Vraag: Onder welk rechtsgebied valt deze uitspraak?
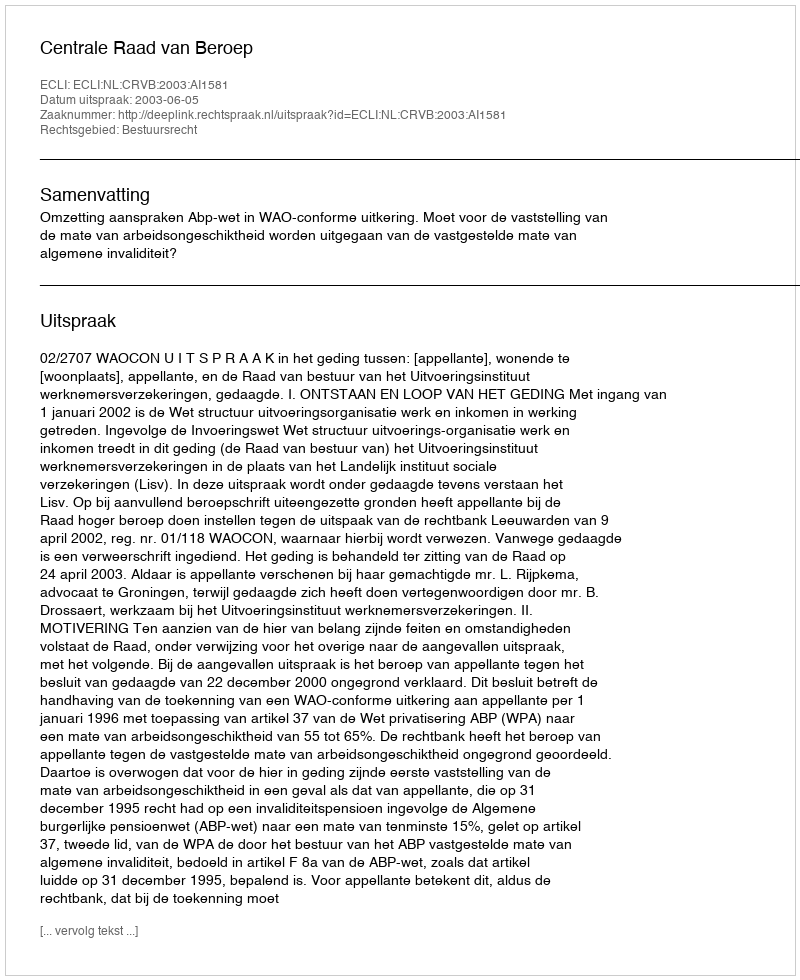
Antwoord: Bestuursrecht